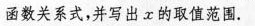
函数关系式，并写出x的取值范围。